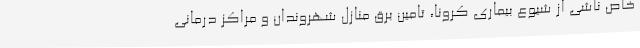
خاص ناشی از شیوع بیماری کرونا، تامین برق منازل شهروندان و مراکز درمانی